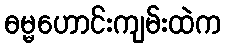
ဓမ္မဟောင်းကျမ်းထဲက